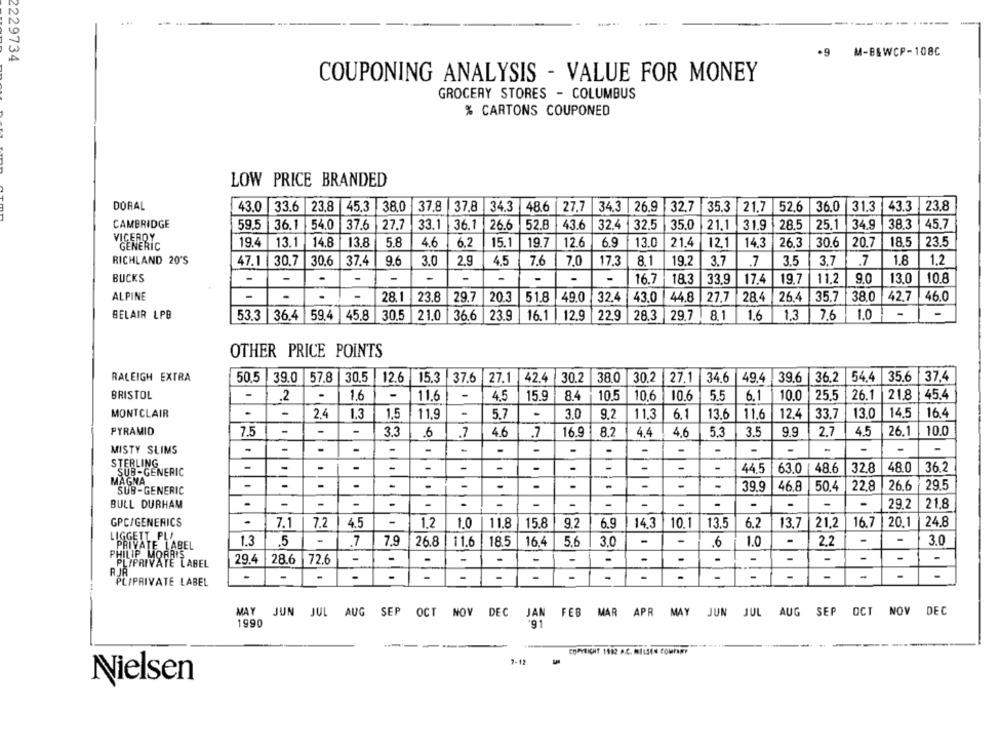
. ..
.9 M-B&WCP-108C
2229734
COUPONING ANALYSIS - VALUE FOR MONEY
GROCERY STORES - COLUMBUS
% CARTONS COUPONED
LOW PRICE BRANDED
DORAL
43.0
33.6
23.8
45.3 38.0 37.8 37.8
34.3
48.6
27.7 34.3 26.9
32.7
35.3 21.7
52.6 36.0
31.3 43.3
23.8
CAMBRIDGE
59.5
54.0
37.6
27.7
33.1
36.1
26.6
52.8
43.6
32.4
32.5
35.0
21,1
28.5
25.1
34.
38.3
45,7
36.1
31.9
VICEROY
GENERIC
19.4
13.1
14.8
13.8
5.8
4.6
6.2
15.1
19.7
12.6
6.9
13.0
21.4
121
14,3
26.3
30.6
20.
18.5
23.5
RICHLAND 20'S
47.1
30.7
30.6
37.4
9.6
3.0
2.9
4.5
7.6
7.0
17.3
8.1
19.2
3.7
.7
3.5
3.7
.7
1.8
1.2
BUCKS
-
-
-
-
-
-
-
16.7
18.3
33.9
17.4
19.7
11.2
9.0
13.0
10.8
ALPINE
-
-
28.1
23.8
29.7
20.3
51.8
49.0
32.4
43.0
44.8
27.7
28.4
26.4
35.7
38.0
42.7
46.0
BELAIR LPB
53.3 36.4 59.4
45.8
22.9
29.7 8.1
1,6
1,3
1.0
-
30.5 21.0 36.6
23.9
16.1 12.9
28.3
8.1
7.6
OTHER PRICE POINTS
RALEIGH EXTRA
50.5
39.0 57.8 30.5
12.6 15.3 37.6 27.1
42.4 30.2
38.0
30.2
27.1
34.6
49.4 39.6
36.2 54.4
35.6
37,4
BRISTOL
-
.2
1.6
-
11.6
4.5
15.9
3.4
10.5
10.6
10.6
5.5
6.1
10.0
25.5
26.1
21.8
45.4
-
-
-
14.5
16.
MONTCLAIR
2.4
1.3
1,5
11,9
5.7
3.0
9,2
11,3
6.1
13.6
11.6
12.4
33.7
13.0
PYRAMID
7.5
-
-
-
3.3
.6
7
4.6
.7
16.9
8.2
4.4
4.6
5.3
3.5
9.9
2.7
4.5
26.1
10.0
MISTY SLIMS
-
-
-
-
-
-
-
-
-
-
-
-
-
-
-
-
-
-
STERLING
GENERIC
-
-
-
-
44.5
63.0
48.6
32.8
48.0
36.2
MAGNA
-
-
-
-
-
-
-
.
39.9
46.8
50.4
22.8
26.6
29.5
SUB-GENERIC
-
-
-
-
BULL DURHAM
-
-
-
-
-
-
-
-
-
-
-
29.2
21.8
GPC/GENERICS
-
7.
7.2
4.5
-
1.2
1.0
11.8
15.8
9.2
6.9
14,3
10.1
13.5
6.2
13.7
21.2
16.7
20.1
24.8
LIGGETT PLI
-
-
-
2.2
-
3.0
PRIVATE LABEL
1.3
.5
7
7,9
26.8
11.6
18.5
16,4
5.6
3.0
.6
1.0
-
PHILIP MORRIS
PLIPRIVATE LABEL
29.
28.6
72.6
-
-
-
-
-
-
-
-
.
-
-
-
-
-
-
RJR
-
-
-
-
-
-
-
PL/PRIVATE LABEL
MAY
JUN JUL AUG SEP OCT NOV DEC JAN FEB MAR APR MAY JUN JUL AUG SEP OCT NOV DEC
*91
1990
------
COPYRIGHT 1992 A.C. MILSE4 COMPANY
Nielsen